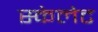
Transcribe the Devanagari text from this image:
स्केलेट